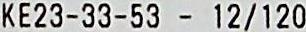
KE23-33-53 - 12/120